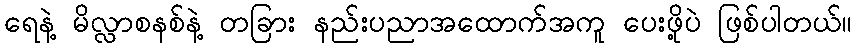
ရေနဲ့ မိလ္လာစနစ်နဲ့ တခြား နည်းပညာအထောက်အကူ ပေးဖို့ပဲ ဖြစ်ပါတယ်။